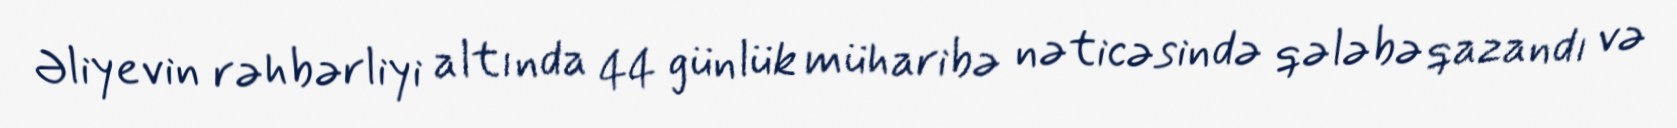
Əliyevin rəhbərliyi altında 44 günlük müharibə nəticəsində qələbə qazandı və